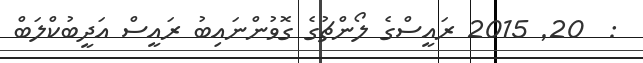
:  20